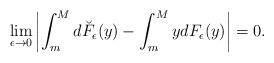
LaTeX: \begin{align*}\underset{\epsilon \rightarrow 0}{\lim }\left\vert \int_{m}^{M}d\breve{F}_{\epsilon }(y)-\int_{m}^{M}ydF_{\epsilon }(y)\right\vert =0. \end{align*}